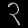
Digit: ၃